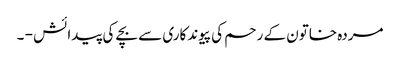
مردہ خاتون کے رحم کی پیوندکاری سے بچے کی پیدائش - ۔